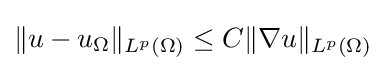
\|u-u_{\Omega }\|_{L^{p}(\Omega )}\leq C\|\nabla u\|_{L^{p}(\Omega )}